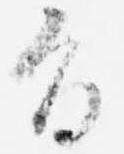
旨